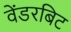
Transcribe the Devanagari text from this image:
वेंडरबिट